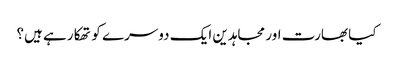
کیا بھارت اور مجاہدین ایک دوسرے کو تھکا رہے ہیں؟